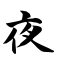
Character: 夜